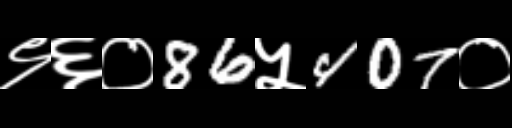
Text: ९६०86५407०